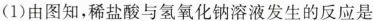
i1)由图知,稀盐酸与氢氧化钠溶液发生的反应是